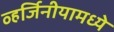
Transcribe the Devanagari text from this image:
व्हर्जिनीयामध्ये